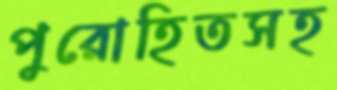
পুরোহিতসহ